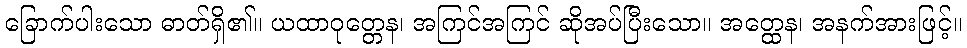
ခြောက်ပါးသော ဓာတ်ရှိ၏။ ယထာဝုတ္တေန၊ အကြင်အကြင် ဆိုအပ်ပြီးသော။ အတ္ထေန၊ အနက်အားဖြင့်။